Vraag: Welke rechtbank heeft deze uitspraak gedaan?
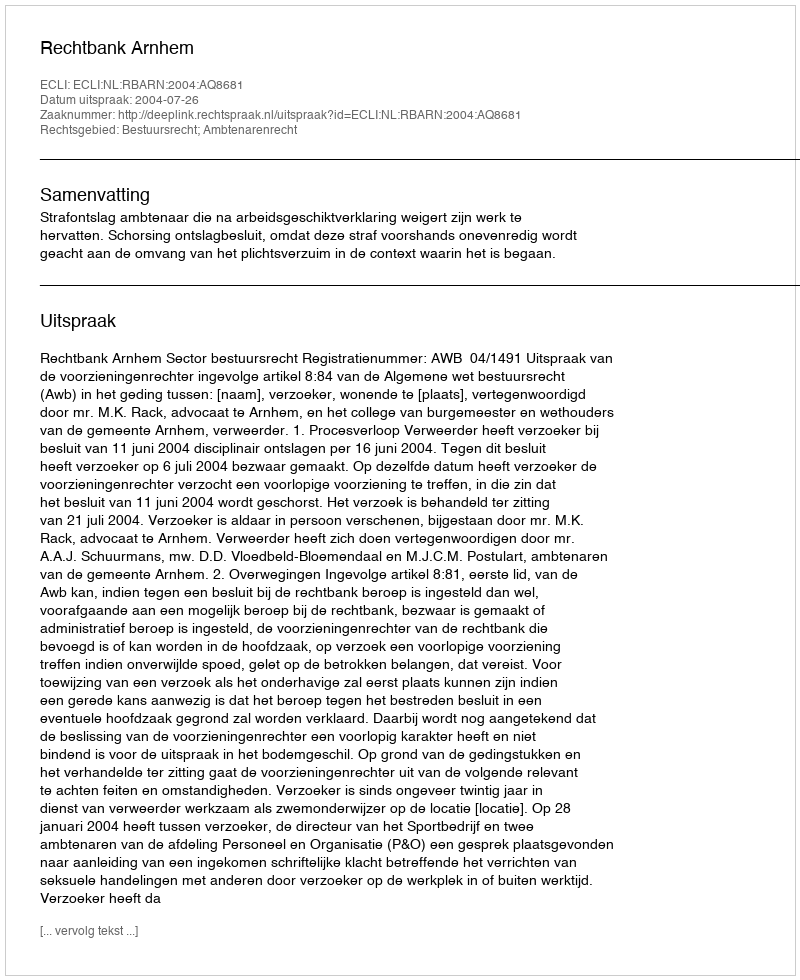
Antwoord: Rechtbank Arnhem